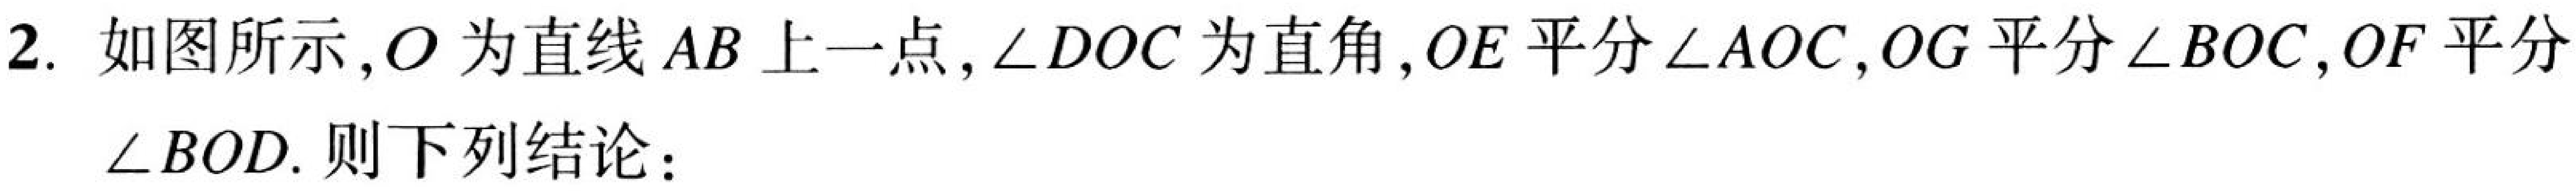
2. 如图所示, \(O\)为直线\(AB\)上一点, \(\angle DOC\)为直角, \(OE\)平分\(\angle AOC\), \(OG\)平分\(\angle BOC\), \(OF\)平分\(\angle BOD\). 则下列结论：